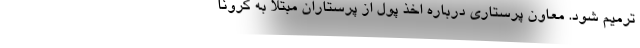
ترمیم شود. معاون پرستاری درباره اخذ پول از پرستاران مبتلا به کرونا